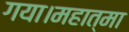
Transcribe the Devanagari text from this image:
गया।महात्मा